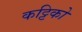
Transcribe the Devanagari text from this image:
कट्टिको